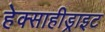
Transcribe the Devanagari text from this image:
हेक्साहीड्राइट